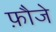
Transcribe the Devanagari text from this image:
फ़ौजे